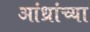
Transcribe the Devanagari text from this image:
आंध्रांच्या